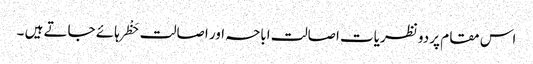
اس مقام پر دو نظریات اصالت اباحہ اور اصالت حَظْر ہائے جاتے ہیں ۔